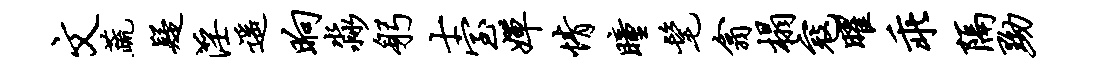
文蔬疑淫遥晌淼躬士室婵情瞳髦翕榻寇曜乖隔黝